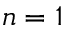
n = 1